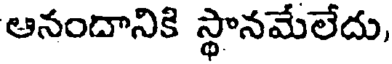
ఆనందానికి స్థానమేలేదు,